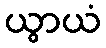
ယွာယံ